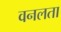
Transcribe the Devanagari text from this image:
वनलता